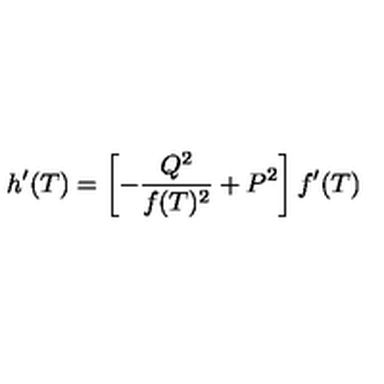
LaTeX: h ^ { \prime } ( T ) = \left[ { - { \frac { Q ^ { 2 } } { f ( T ) ^ { 2 } } } } + P ^ { 2 } \right] f ^ { \prime } ( T )